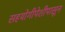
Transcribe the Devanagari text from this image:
सहयोगीपेशीपासून